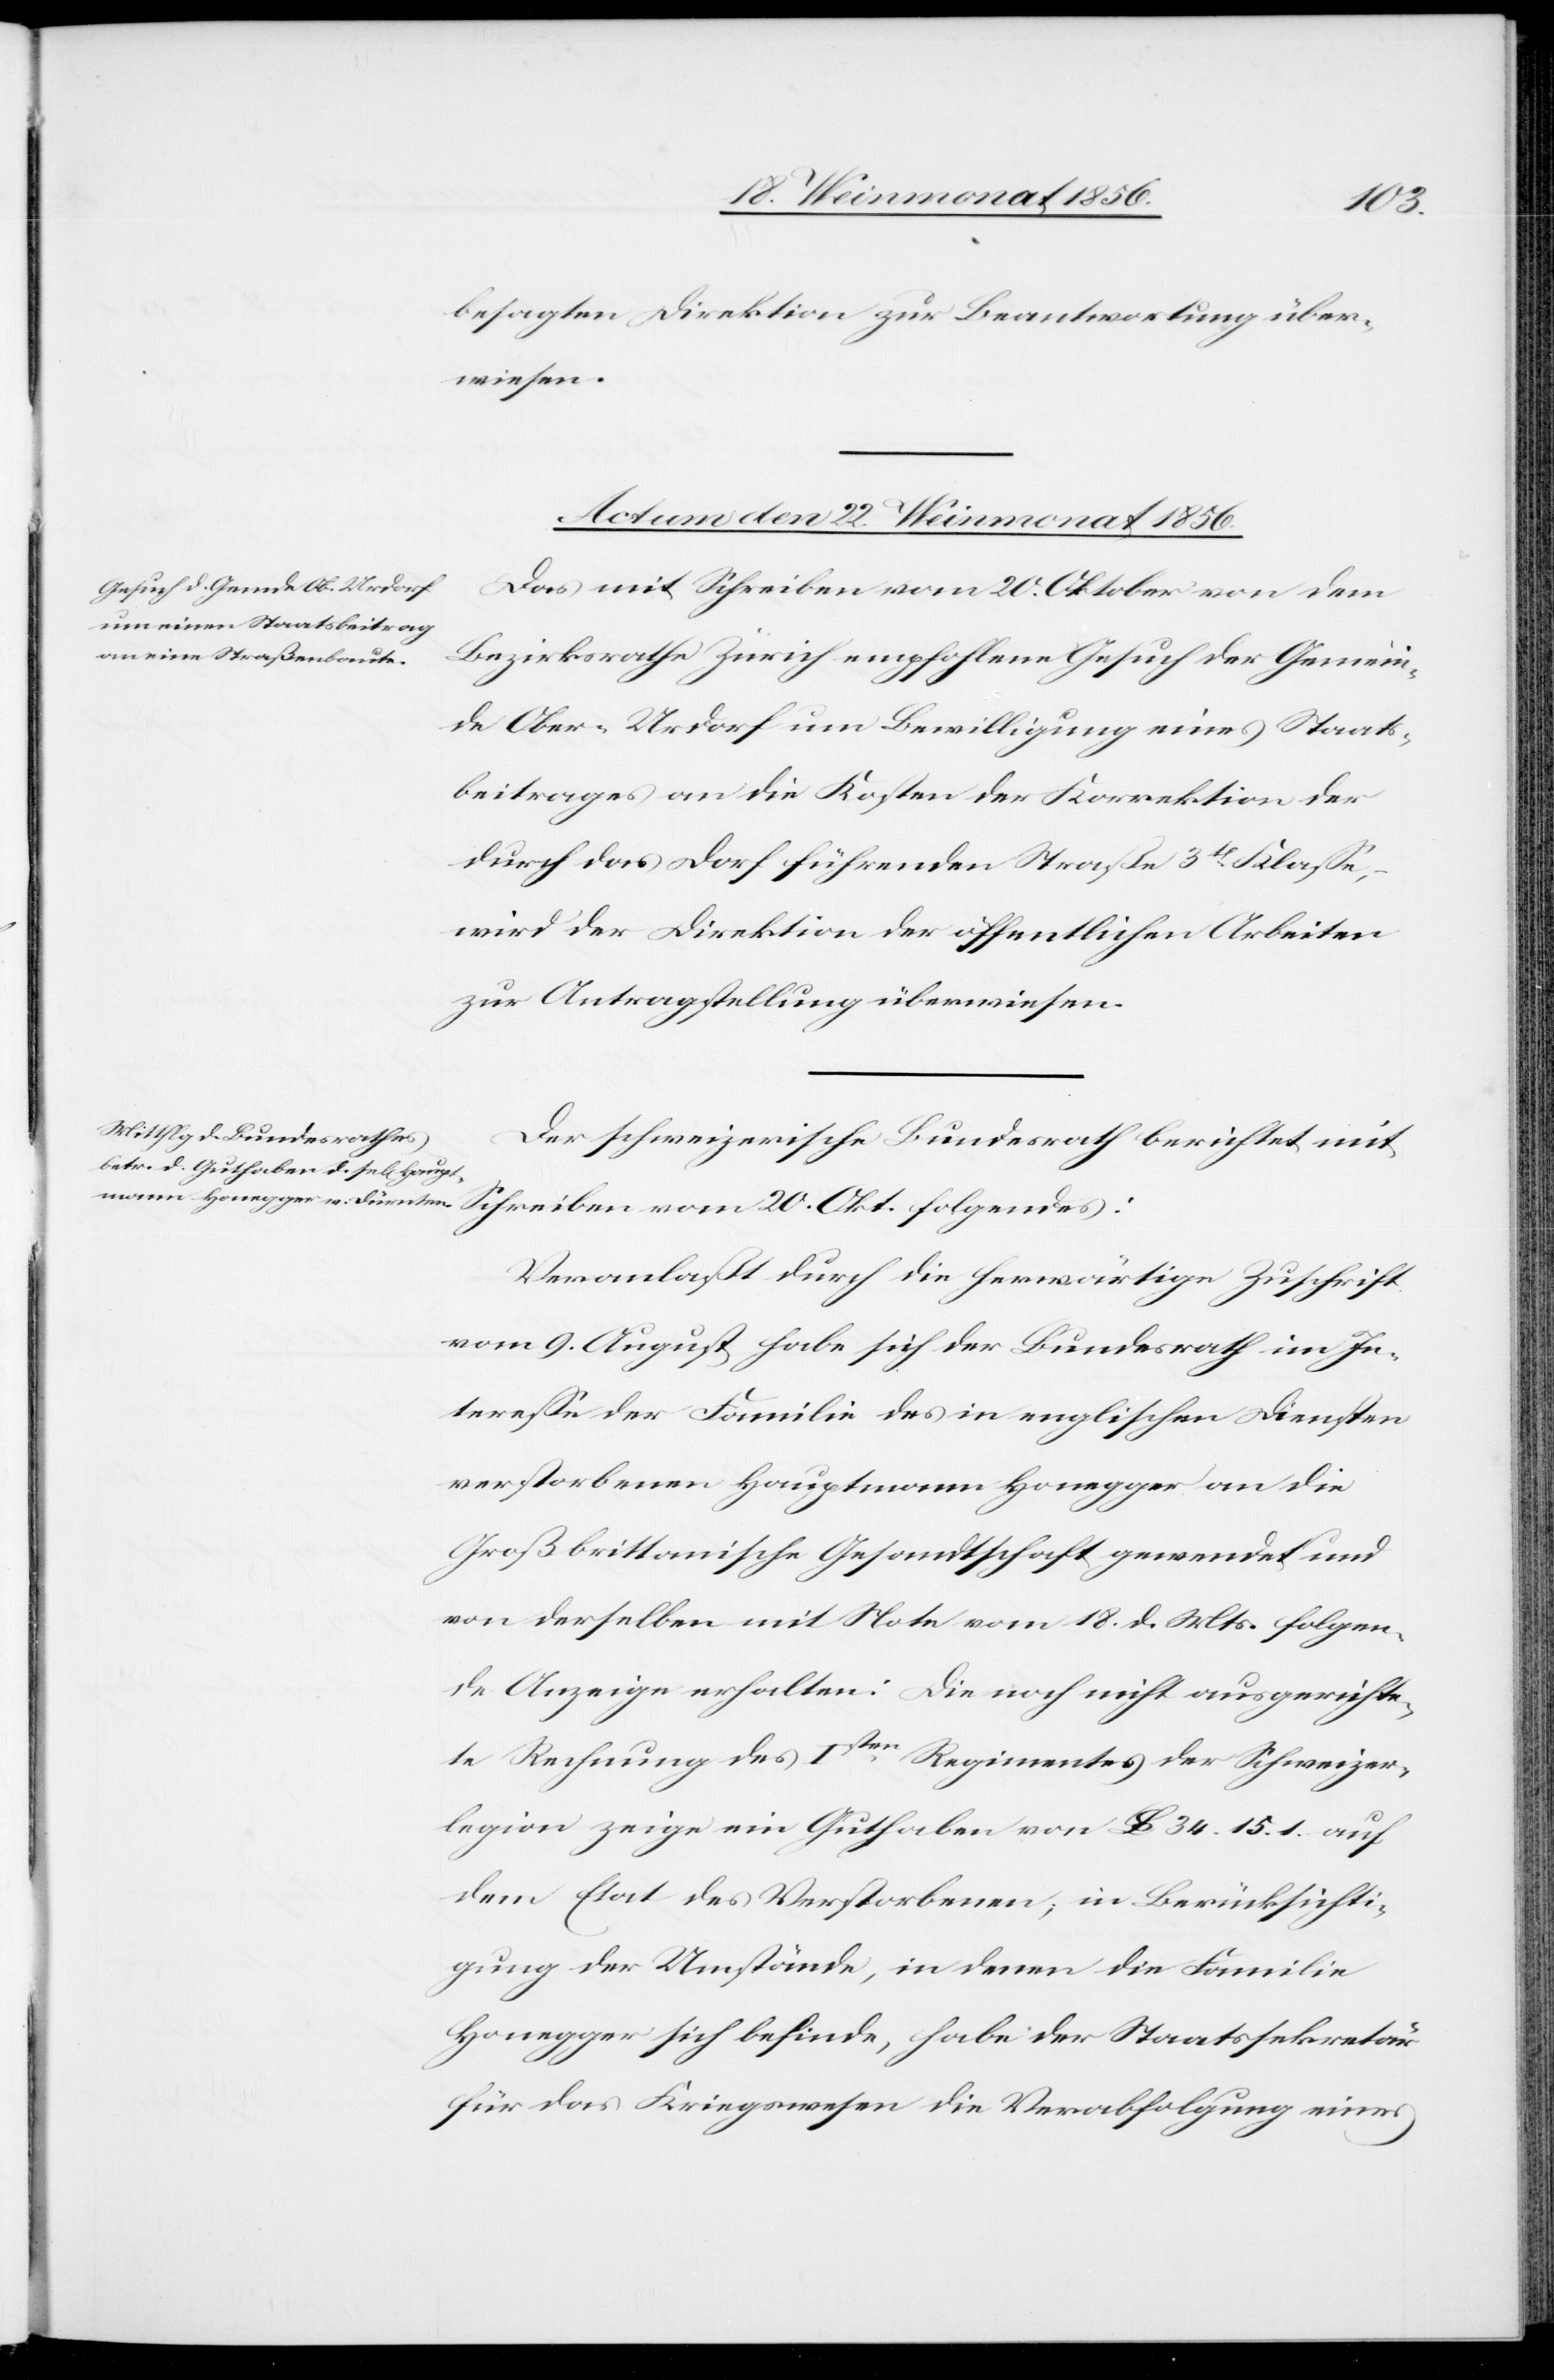
besagten Direktion zur Beantwortung über¬
wiesen.
Actum den 22. Weinmonat 1856.]
Das mit Schreiben vom 20. Oktober von dem
Bezirksrath Zürich empfohlene Gesuch der Gemein¬
de Ober-Urdorf um Bewilligung eines Staats¬
beitrages an die Kosten der Korrektion der
durch das Dorf führenden Straße 3t Klasse,
wird der Direktion der öffentlichen Arbeiten
zur Antragstellung überwiesen.
Der schweizerische Bundesrath berichtet mit
Schreiben vom 20. Okt. folgendes:
Veranlaßt durch die herwärtige Zuschrift
vom 9. August habe sich der Bundesrath im In¬
teresse der Familie des in englischen Diensten
verstorbenen Hauptmann Honegger an die
Großbrittanische Gesandtschaft gewendet und
von derselben mit Note vom 18. d. Mts. folgen¬
de Anzeige erhalten: Die noch nicht ausgerichte¬
te Rechnung des Isten Regimentes der Schweizer¬
legion zeige ein Guthaben von lb 34. 15. 1. auf
dem Etat des verstorbenen; in Berücksichti¬
gung der Umstände, in denen die Familie
Honegger sich befinde, habe der Staatssekretär
für das Kriegswesen die Verabfolgung eines